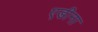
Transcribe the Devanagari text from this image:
एडीना